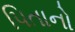
પિતાનો